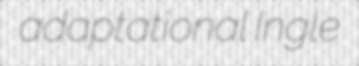
adaptational Ingle